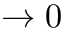
\rightarrow 0